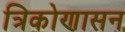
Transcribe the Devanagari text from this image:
त्रिकोणासन